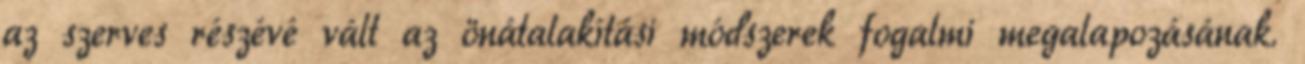
az szerves részévé vált az önátalakítási módszerek fogalmi megalapozásának.